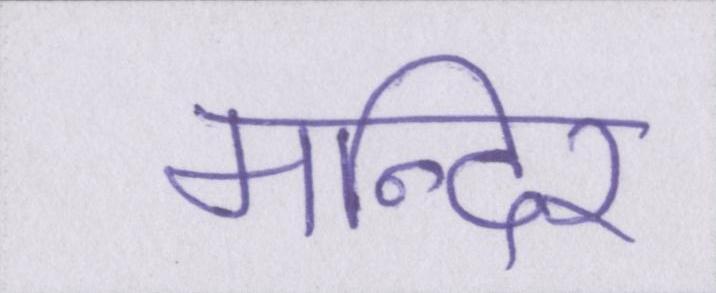
मन्दिर